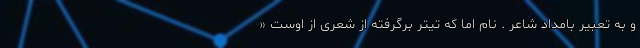
و به تعبیر بامداد شاعر . نام اما که تیتر برگرفته از شعری از اوست «